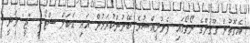
އެގޮތުން ގޫގުލްގެ ލޯގޯގައި ފެށުނީއްސުރެ ބޭނުންކުރަމުން އައި ޑަބަލް ސްޓޯރީ "ޖީ" ވަނީ